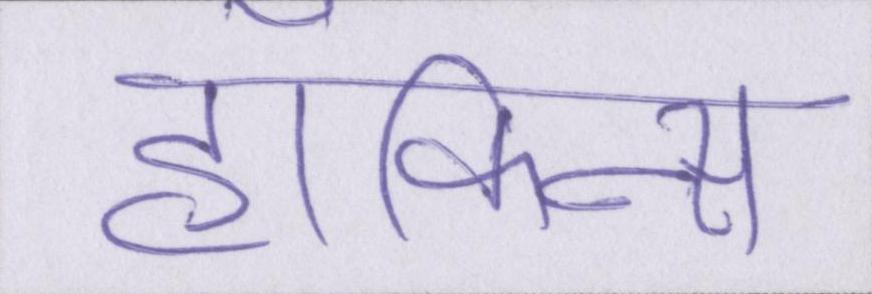
हॉकिन्स